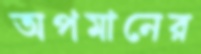
অপমানের